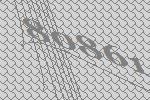
80861